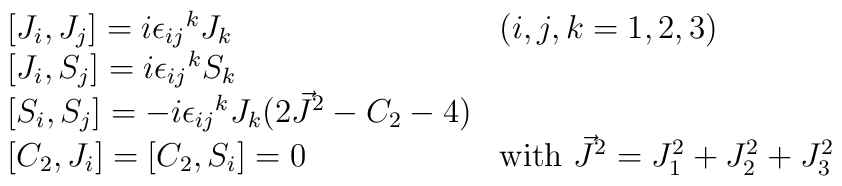
\begin{array}{ll}  {[}J_i, J_j] = i {\epsilon_{ij}}^k J_k & (i,j,k=1,2,3)  \\  {[} J_i, S_j ] = i {\epsilon _{ij}}^k S_k &  \\  {[} S_i, S_j] = -i {\epsilon _{ij}}^k J_k (2 \vec{J}^2 - C_2 - 4)& \\  {[}C_2, J_i ] = [C_2 , S_i] =0 & \mbox{with } \vec{J}^2 =  J^2_1 + J^2_2 + J_3^2  \end{array}